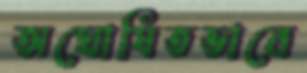
অঘোষিতভাবে